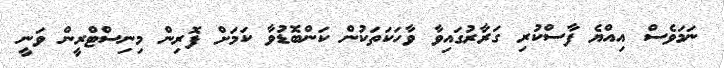
ނަމަވެސް އިއްޔެ ފާސްކުރި ގަރާރުގައިވާ ވާހަކަތަކުން ކަންބޮޑުވާ ކަމަށް ފޮރިން މިނިސްޓްރީން ވަނީ